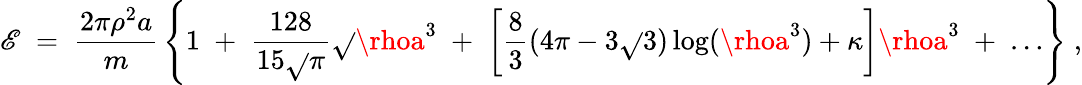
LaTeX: {\cal\mathscr{E}}\; =\; {\frac{{2\pi\rho^{2}a}}{{m}}}\left\{ 1\; +\; {\frac{{128}}{{15\sqrt{}{{\pi}}}}}\sqrt{}{{\rhoa^{3}}}\; +\; \left[{\frac{{8}}{{3}}}(4\pi-3\sqrt{}{{3}})\log(\rhoa^{3})+\kappa\right]\rhoa^{3}\; +\; \ldots\right\} \; ,